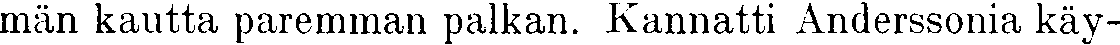
män kautta paremman palkan. Kannatti Anderssonia käy-